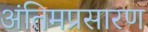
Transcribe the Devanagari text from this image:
अंतिमप्रसारण